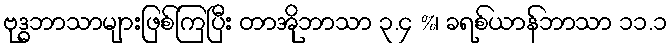
ဗုဒ္ဓဘာသာများဖြစ်ကြပြီး တာအိုဘာသာ ၃.၄ %၊ ခရစ်ယာန်ဘာသာ ၁၁.၁